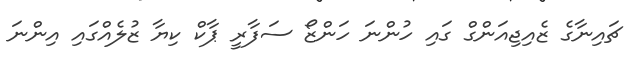
ޗައިނާގެ ޒެއިޖިއަންގް ގައި ހުންނަ ހަންޒޯ ސަފާރީ ޕާކް ކިޔާ ޒުލެއްގައި އިންނަ